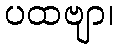
ပထဗျာ၊